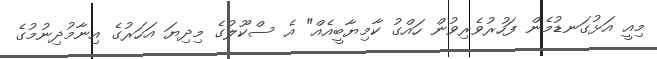
މިއީ އަޅުގަނޑުމެން ފަހުރުވެރިވުން ހައްގު ކާމިޔާބީއެއް" އެ ސްކޫލުގެ މިދިޔަ އަހަރުގެ އިނާމުދިނުމުގެ